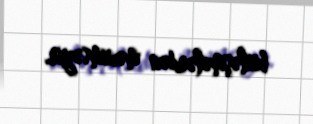
birləşmələrdən mənimsəyir.